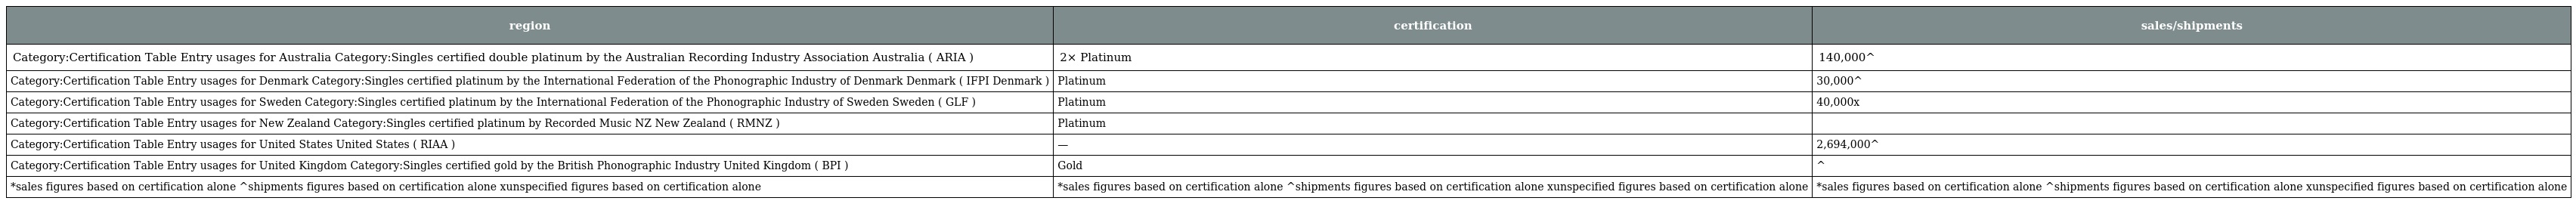
| region | certification | sales/shipments |
 | --- | --- | --- |
 | Category:Certification Table Entry usages for Australia Category:Singles certified double platinum by the Australian Recording Industry Association Australia ( ARIA ) | 2× Platinum | 140,000^ |
 | Category:Certification Table Entry usages for Denmark Category:Singles certified platinum by the International Federation of the Phonographic Industry of Denmark Denmark ( IFPI Denmark ) | Platinum | 30,000^ |
 | Category:Certification Table Entry usages for Sweden Category:Singles certified platinum by the International Federation of the Phonographic Industry of Sweden Sweden ( GLF ) | Platinum | 40,000x |
 | Category:Certification Table Entry usages for New Zealand Category:Singles certified platinum by Recorded Music NZ New Zealand ( RMNZ ) | Platinum |  |
 | Category:Certification Table Entry usages for United States United States ( RIAA ) | — | 2,694,000^ |
 | Category:Certification Table Entry usages for United Kingdom Category:Singles certified gold by the British Phonographic Industry United Kingdom ( BPI ) | Gold | ^ |
 | *sales figures based on certification alone ^shipments figures based on certification alone xunspecified figures based on certification alone | *sales figures based on certification alone ^shipments figures based on certification alone xunspecified figures based on certification alone | *sales figures based on certification alone ^shipments figures based on certification alone xunspecified figures based on certification alone |